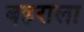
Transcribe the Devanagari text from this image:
बहराला